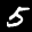
Label: 5